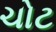
ચોટ